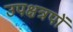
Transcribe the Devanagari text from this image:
उपक्षत्रपों